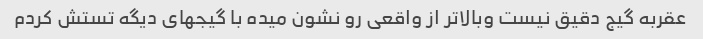
عقربه گیج دقیق نیست وبالاتر از واقعی رو نشون میده با گیجهای دیگه تستش کردم